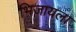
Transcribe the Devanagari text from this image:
भिजायला